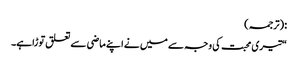
: (ترجمہ)
“تیری محبت کی وجہ سے میں نے اپنے ماضی سے تعلق توڑاہے۔